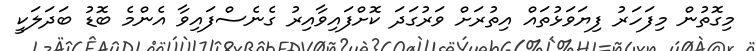
މިގޮތުން މިފަހަރު ފިޔަވަޅުތައް އިތުރަށް ވަރުގަދަ ކޮށްފައިވާއިރު ގެނެސްފައިވާ އެންމެ ބޮޑު ބަދަލަކީ